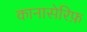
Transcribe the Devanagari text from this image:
कानासेरिफ़